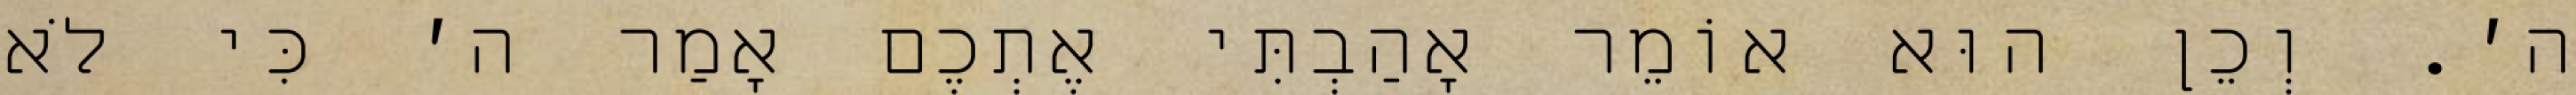
ה׳. וְכֵן הוּא אוֹמֵר אָהַבְתִּי אֶתְכֶם אָמַר ה׳ כִּי לֹא